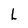
Character: L